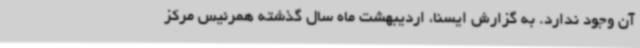
آن وجود ندارد. به گزارش ایسنا، اردیبهشت ماه سال گذشته همرئیس مرکز